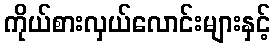
ကိုယ်စားလှယ်လောင်းများနှင့်